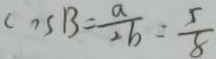
\cos B = \frac { a } { 2 b } = \frac { 5 } { 8 }